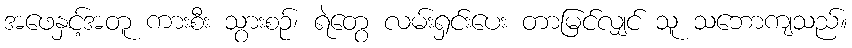
အဖေနှင့်အတူ ကားစီး သွားစဉ်၊ ရဲတွေ လမ်းရှင်းပေး တာမြင်လျှင် သူ သဘောကျသည်။